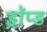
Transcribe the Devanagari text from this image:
ड्रॉप्ड